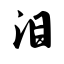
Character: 泪